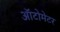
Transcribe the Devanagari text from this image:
ऑटोमेटर